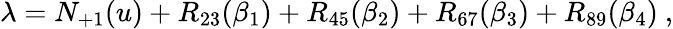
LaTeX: \lambda=N_{+1}(u)+R_{23}(\beta_{1})+R_{45}(\beta_{2})+R_{67}(\beta_{3})+R_{89}(\beta_{4})~,